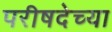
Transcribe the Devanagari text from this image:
परीषदेच्या